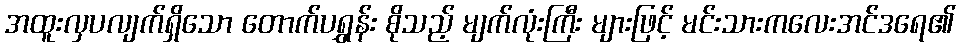
အထူးလှပလျက်ရှိသော တောက်ပရွှန်း စိုသည့် မျက်လုံးကြီး များဖြင့် မင်းသားကလေးအင်ဒရေ၏